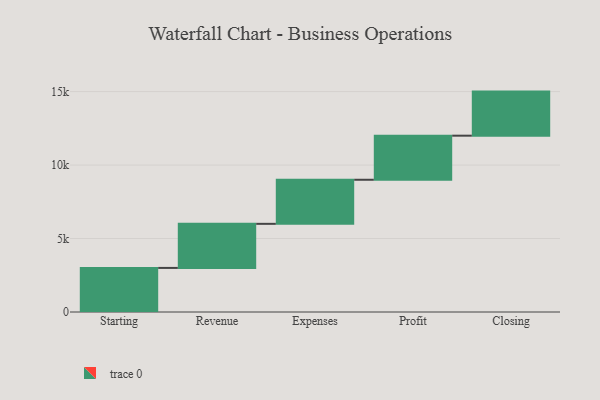
{"axis": {"x": "Step", "y": "Value"}, "legend": [""], "data": [{"x": "Starting", "y": 3000, "type": ""}, {"x": "Revenue", "y": 3000, "type": ""}, {"x": "Expenses", "y": 3000, "type": ""}, {"x": "Profit", "y": 3000, "type": ""}, {"x": "Closing", "y": 3000, "type": ""}]}